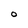
Character: O